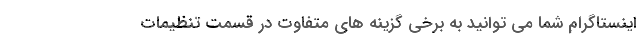
اینستاگرام شما می توانید به برخی گزینه های متفاوت در قسمت تنظیمات